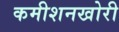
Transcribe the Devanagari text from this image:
कमीशनखोरी